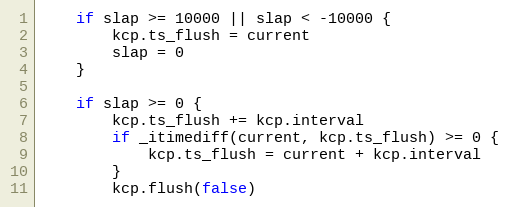
Language: Go
	if slap >= 10000 || slap < -10000 {
		kcp.ts_flush = current
		slap = 0
	}

	if slap >= 0 {
		kcp.ts_flush += kcp.interval
		if _itimediff(current, kcp.ts_flush) >= 0 {
			kcp.ts_flush = current + kcp.interval
		}
		kcp.flush(false)